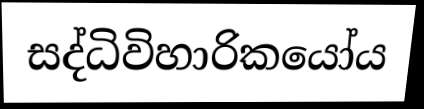
සද්ධිවිහාරිකයෝය